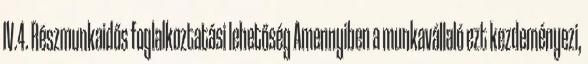
IV.4. Részmunkaidős foglalkoztatási lehetőség Amennyiben a munkavállaló ezt kezdeményezi,